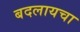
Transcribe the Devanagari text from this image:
बदलायचा